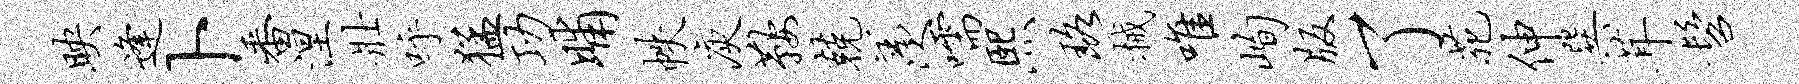
映逢卜番涅壮呼猛功晡帙庾鞍兢羡嚅熙珞械唯峋版了苑伸巽茸髫